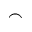
\frown